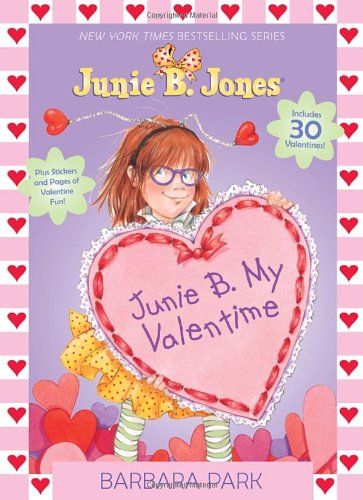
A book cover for Junie B. My Valentime (Color Plus Card Stock); Barbara Park; Children's Books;